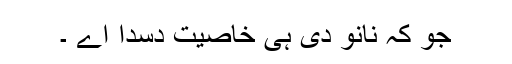
جو کہ نانوَ دی ہی خاصیت دسدا اے ۔